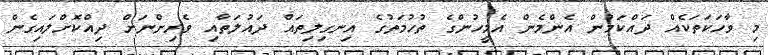
މި ވާހަކަތަކެއް ދައްކަމުން އެންމެން އެމީހުންގެ ތުހުމަތުގެ އިނގިލިތައް ދައުލަތާއި ވެރިންނަށް ދިއްކޮށްލައިގެން